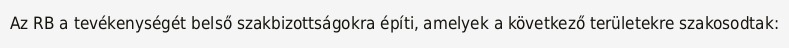
Az RB a tevékenységét belső szakbizottságokra építi, amelyek a következő területekre szakosodtak: